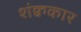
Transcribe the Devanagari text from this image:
शंक्वकार